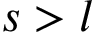
s > l